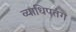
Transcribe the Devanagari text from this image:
व्याधिपतंग